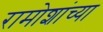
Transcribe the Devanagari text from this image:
रामोशांच्या